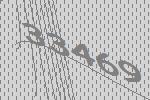
33469